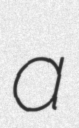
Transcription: a